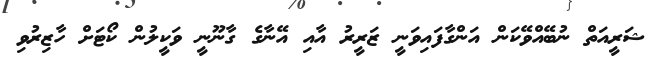
ޝަރީއަތް ނުބޭއްވޭކަން އަންގާފައިވަނީ ޒަރީރު އާއި އޭނާގެ ގާނޫނީ ވަކީލުން ކޯޓަށް ހާޒިރުވި